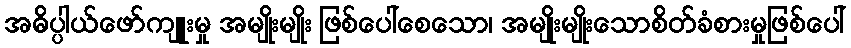
အဓိပ္ပါယ်ဖော်ကျူးမှု အမျိုးမျိုး ဖြစ်ပေါ်စေသော၊ အမျိုးမျိုးသောစိတ်ခံစားမှုဖြစ်ပေါ်